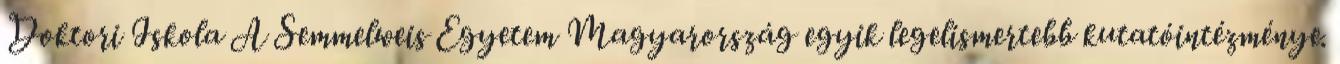
Doktori Iskola A Semmelweis Egyetem Magyarország egyik legelismertebb kutatóintézménye.